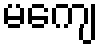
မကျေ